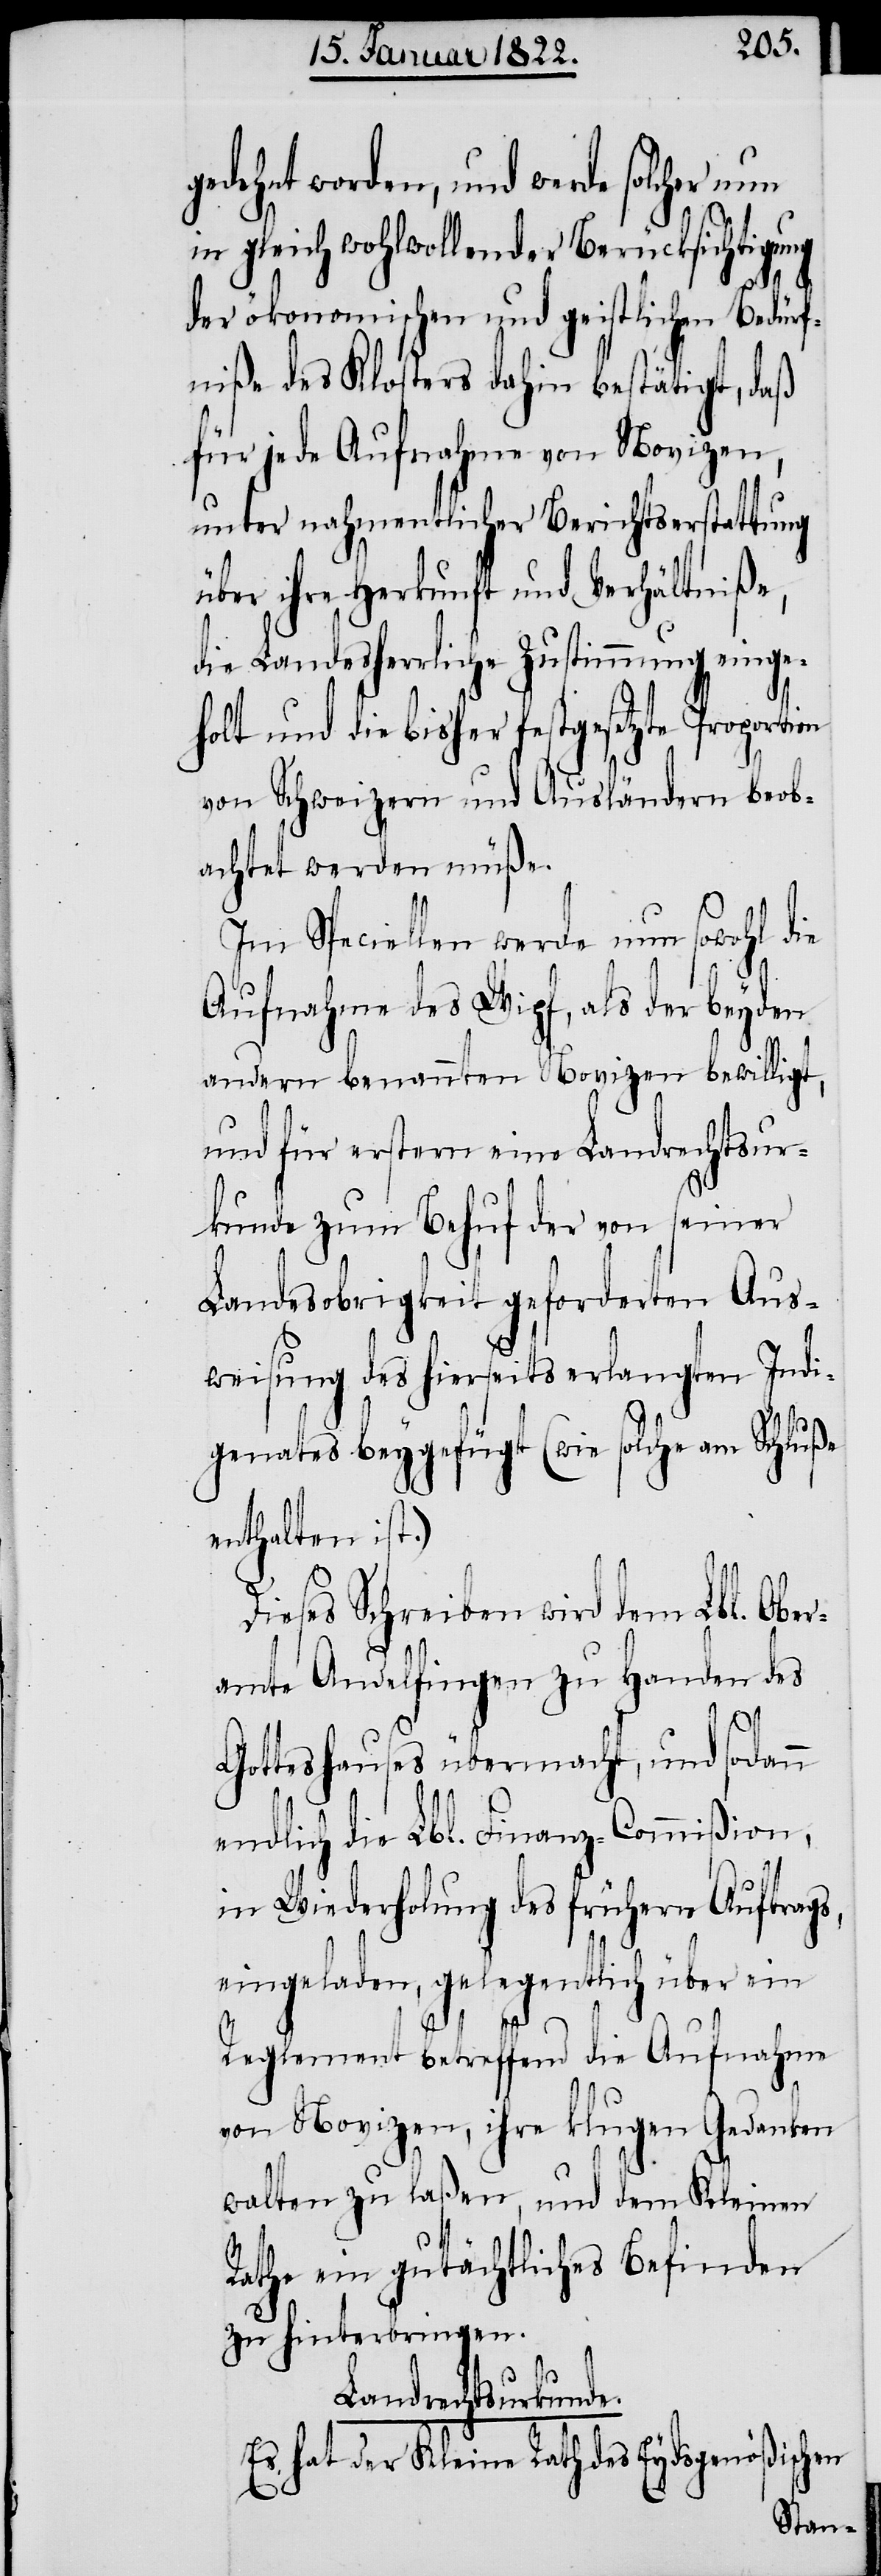
gedehnt worden, und werde solcher nun
in gleich wohlwollender Berücksichtigung
der ökonomischen und geistlichen Bedürf¬
niße des Klosters dahin bestätigt, daß
für jede Aufnahme von Novizen,
unter nahmentlicher Berichtserstattung
über ihre Herkunft und Verhältniße,
die Landesherrliche Zustimmung einge¬
holt und die bisher festgesetzte Proportion
von Schweizern und Ausländern beob¬
achtet werden müße.
Im Speciellen werde nun sowohl die
Aufnahme des Wipf, als der beyden
andern benannten Novizen bewilligt,
und für erstern eine Landrechtsur¬
kunde zum Behuf der von seiner
Landesobrigkeit geforderten Aus¬
weisung des hierseits erlangten Indi¬
genates beygefügt (wie solche am Schluße
enthalten ist.)
Dieses Schreiben wird dem Lbl. Obe¬
ramte Andelfingen zu Handen des
ß¬
Gotteshauses übermacht, und sodann
endlich die Lbl. Finanz-Commißion,
in Wiederholung des frühern Auftrags,
eingeladen, gelegentlich über ein
Reglement betreffend die Aufnahme
von Novizen, ihre klugen Gedanken
walten zu laßen, und dem Kleinen
Rathe ein gutächtliches Befinden
zu hinterbringen.
Landrechtsurkunde.
ischen
Es hat der Kleine Rath des Eydsgenö¬